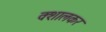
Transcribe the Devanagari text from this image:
क्शालकर